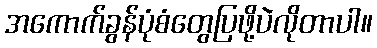
အကောက်ခွန်ပုံစံတွေပြဖို့ပဲလိုတာပါ။